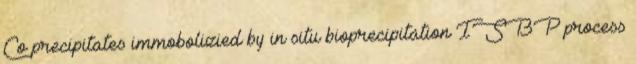
Co precipitates immobolizied by in situ bioprecipitation ISBP process